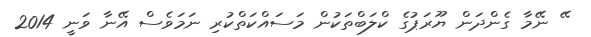
ޭ ނޭމާ ގެންދަން ޔޫރަޕުގެ ކްލަބްތަކުން މަސައްކަތްކުރި ނަމަވެސް އޭނާ ވަނީ 2014